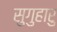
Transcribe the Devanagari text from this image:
सुगुहारु